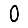
Digit: 0